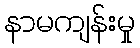
နာမကျန်းမှု